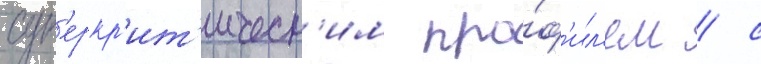
суп'еркр'ит'ическ'им про́ф'ил'ем / с